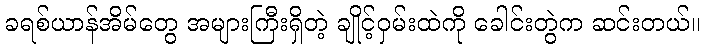
ခရစ်ယာန်အိမ်တွေ အများကြီးရှိတဲ့ ချိုင့်ဝှမ်းထဲကို ခေါင်းတွဲက ဆင်းတယ်။